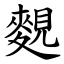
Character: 麲